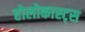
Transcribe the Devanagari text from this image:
होलोकास्ट्स